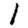
Digit: 1